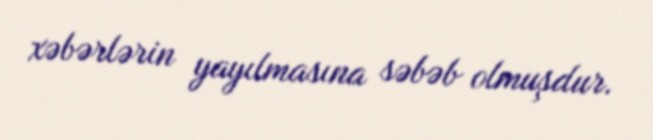
xəbərlərin yayılmasına səbəb olmuşdur.